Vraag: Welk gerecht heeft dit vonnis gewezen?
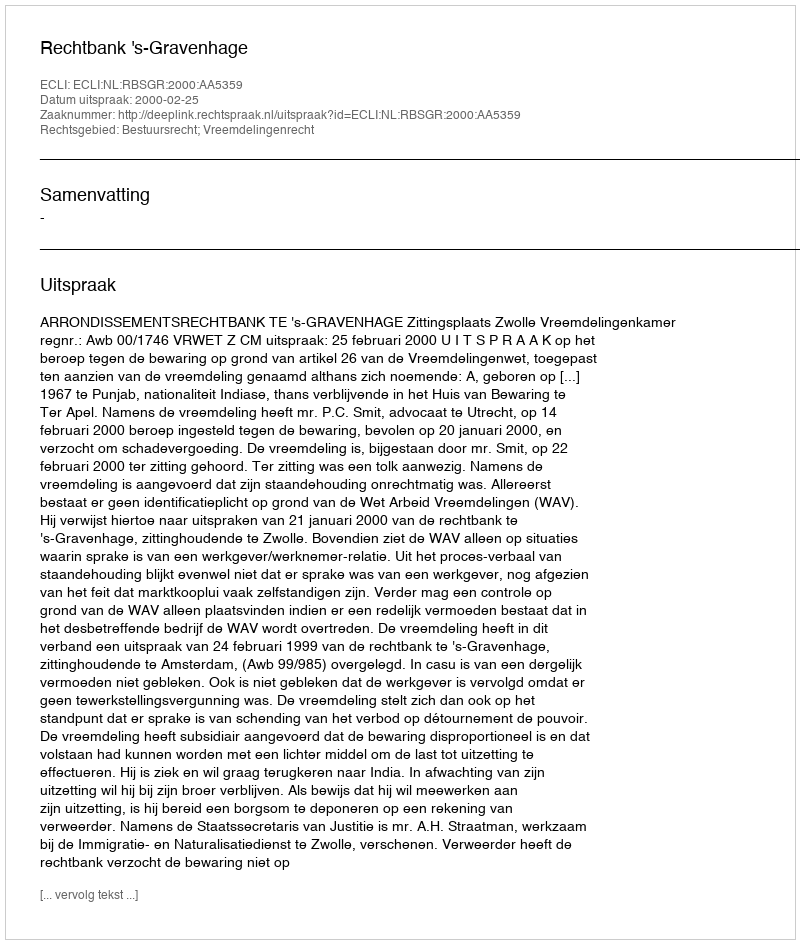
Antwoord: Rechtbank 's-Gravenhage